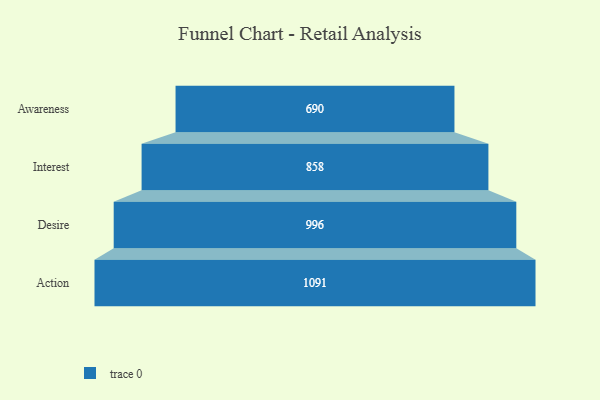
{"axis": {"x": "Stage", "y": "Value"}, "legend": [""], "data": [{"x": "Awareness", "y": 690.0, "type": ""}, {"x": "Interest", "y": 858.0, "type": ""}, {"x": "Desire", "y": 996.0, "type": ""}, {"x": "Action", "y": 1091.0, "type": ""}]}